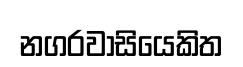
නගරවාසියෙකිත